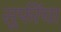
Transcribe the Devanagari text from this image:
सूफींचा